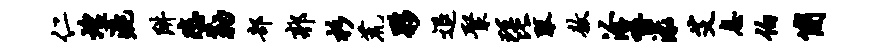
仁煌漉阱悲勒部郭杉荒夥退聚琵琴敖洽嚼渌艾息伯简